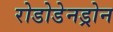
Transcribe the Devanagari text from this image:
रोडोडेनड्रोन